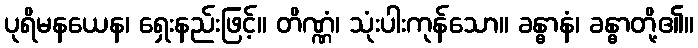
ပုရိမနယေန၊ ရှေးနည်းဖြင့်။ တိဏ္ဏံ၊ သုံးပါးကုန်သော။ ခန္ဓာနံ၊ ခန္ဓာတို့၏။